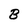
Character: B